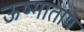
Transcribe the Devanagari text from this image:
ऊष्माताप